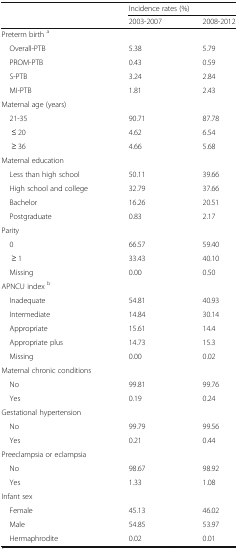
| <ROWSPAN=2>  | <COLSPAN=2> Incidence rates (%) |
 | 2003-2007 | 2008-2012 |
 | --- | --- | --- |
 | <COLSPAN=3> Preterm birth a |
 | Overall-PTB | 5.38 | 5.79 |
 | PROM-PTB | 0.43 | 0.59 |
 | S-PTB | 3.24 | 2.84 |
 | MI-PTB | 1.81 | 2.43 |
 | <COLSPAN=3> Maternal age (years) |
 | 21-35 | 90.71 | 87.78 |
 | ≤ 20 | 4.62 | 6.54 |
 | ≥ 36 | 4.66 | 5.68 |
 | <COLSPAN=3> Maternal education |
 | Less than high school | 50.11 | 39.66 |
 | High school and college | 32.79 | 37.66 |
 | Bachelor | 16.26 | 20.51 |
 | Postgraduate | 0.83 | 2.17 |
 | <COLSPAN=3> Parity |
 | 0 | 66.57 | 59.40 |
 | ≥ 1 | 33.43 | 40.10 |
 | Missing | 0.00 | 0.50 |
 | <COLSPAN=3> APNCU index b |
 | Inadequate | 54.81 | 40.93 |
 | Intermediate | 14.84 | 30.14 |
 | Appropriate | 15.61 | 14.4 |
 | Appropriate plus | 14.73 | 15.3 |
 | Missing | 0.00 | 0.02 |
 | <COLSPAN=3> Maternal chronic conditions |
 | No | 99.81 | 99.76 |
 | Yes | 0.19 | 0.24 |
 | <COLSPAN=3> Gestational hypertension |
 | No | 99.79 | 99.56 |
 | Yes | 0.21 | 0.44 |
 | <COLSPAN=3> Preeclampsia or eclampsia |
 | No | 98.67 | 98.92 |
 | Yes | 1.33 | 1.08 |
 | <COLSPAN=3> Infant sex |
 | Female | 45.13 | 46.02 |
 | Male | 54.85 | 53.97 |
 | Hermaphrodite | 0.02 | 0.01 |